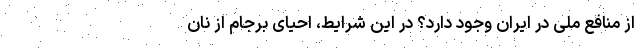
از منافع ملی در ایران وجود دارد؟ در این شرایط، احیای برجام از نان